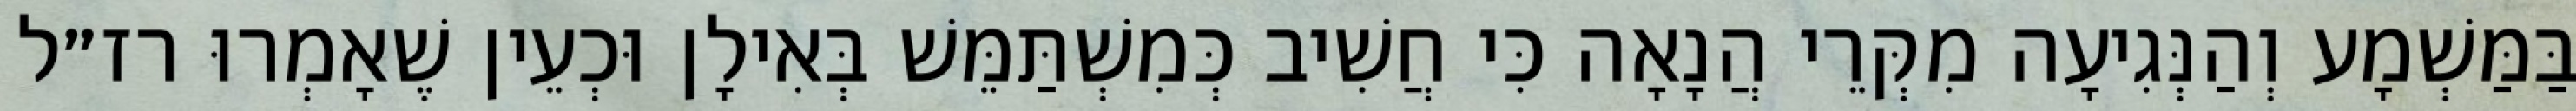
בַּמַּשְׁמָע וְהַנְּגִיעָה מִקְּרֵי הֲנָאָה כִּי חֲשִׁיב כְּמִשְׁתַּמֵּשׁ בְּאִילָן וּכְעֵין שֶׁאָמְרוּ רז״ל